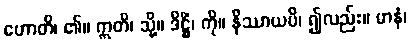
ဟောတိ၊ ၏။ ဣတိ၊ သို့။ ဒိဋ္ဌိံ၊ ကို။ နိဿာယပိ၊ ၍လည်း။ မာနံ၊